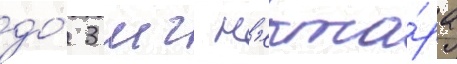
до́ 3 мг н'екта́ра